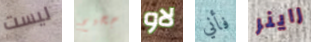
ليست جحيم لاو فأني راينر